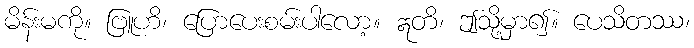
မိန်းမကို။ ဗြူဟိ၊ ပြောပေးစမ်းပါလော့။ ဣတိ၊ ဤသို့မှာ၍။ ပေသိတဿ၊